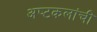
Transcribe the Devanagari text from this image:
अष्‍टकलांची